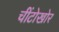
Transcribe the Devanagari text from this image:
चींटोखोर